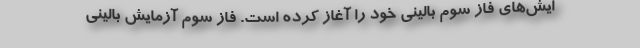
ایش‌های فاز سوم بالینی خود را آغاز کرده است. فاز سوم آزمایش‌ بالینی